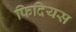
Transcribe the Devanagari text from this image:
फिदियस